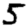
Digit: 5